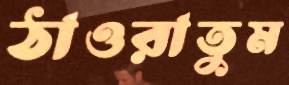
ঠাওরাতুম